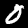
Label: 0